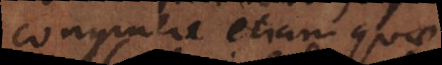
congruere etiam quae